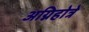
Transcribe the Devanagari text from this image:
अग्निहोत्रे